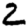
Digit: 2